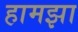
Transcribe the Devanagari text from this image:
हामझा